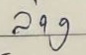
ล่าง